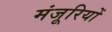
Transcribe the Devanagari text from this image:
मंजूरियों